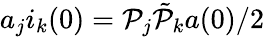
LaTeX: a_{j}i_{k}(0)=\mathcal{P}_{j}\tilde{{\mathcal{P}}}_{k}a(0)/2